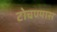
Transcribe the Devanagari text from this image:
टोचण्यास